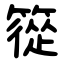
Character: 篵